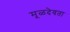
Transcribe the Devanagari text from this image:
मूळदेवता